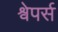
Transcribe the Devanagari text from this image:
श्वेपर्स